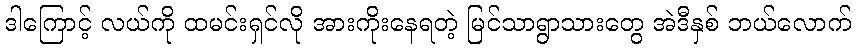
ဒါကြောင့် လယ်ကို ထမင်းရှင်လို အားကိုးနေရတဲ့ မြင်သာရွာသားတွေ အဲဒီနှစ် ဘယ်လောက်